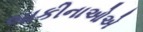
બાકીનાઓએ